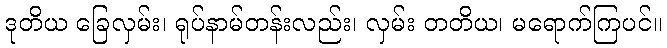
ဒုတိယ ခြေလှမ်း၊ ရုပ်နာမ်တန်းလည်း၊ လှမ်း တတိယ၊ မရောက်ကြပင်။